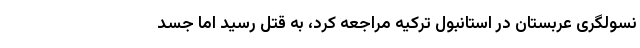
نسولگری عربستان در استانبول ترکیه مراجعه کرد، به قتل رسید اما جسد